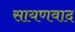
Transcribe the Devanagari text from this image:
सायणवाद